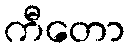
ကီတော